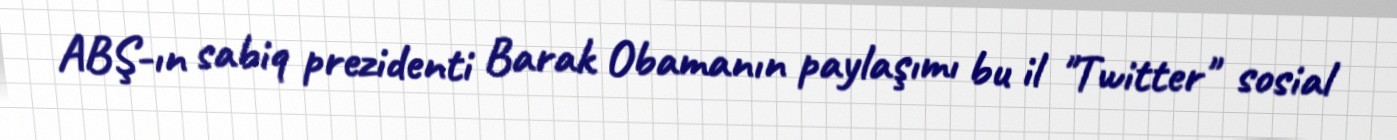
ABŞ-ın sabiq prezidenti Barak Obamanın paylaşımı bu il "Twitter" sosial